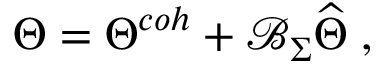
\Theta = \Theta ^ { c o h } + \mathcal { B } _ { \Sigma } \widehat { \Theta } \; ,